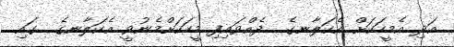
އަދި އެމީހަކަށް އެކަލާނގެ  ދެއްވައިފި މީހަކަށްމެނުވީ އެކަލާނގެ  ގައި